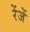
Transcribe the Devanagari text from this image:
रेंजें